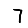
Digit: 7